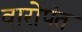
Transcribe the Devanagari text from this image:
वारोपंत